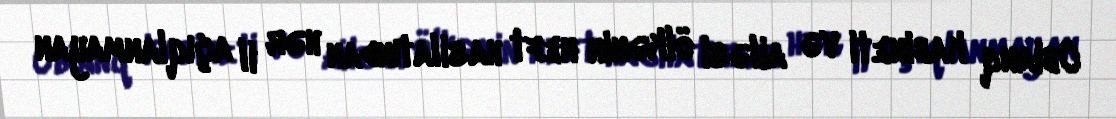
Obianq kabineti və ailəsi ölkənin neft hasilatından hər il açıqlanmayan